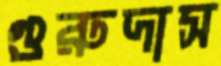
গুরুদাস